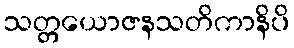
သတ္တယောဇနသတိကာနိပိ